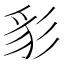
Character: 𰐩